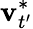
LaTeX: \textbf{v}_{t^{\prime}}^{*}